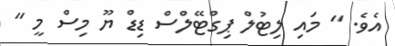
އެވެ. " މައި ލިޓުލް ޕިގްޓޭލްސް ޑިޑް ޔޫ މިސް މީ "